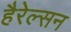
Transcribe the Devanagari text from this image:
हैरेल्सन